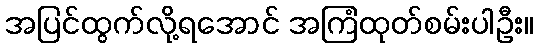
အပြင်ထွက်လို့ရအောင် အကြံထုတ်စမ်းပါဦး။